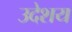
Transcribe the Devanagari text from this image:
उदेशय